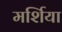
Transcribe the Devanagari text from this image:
मर्शिया